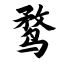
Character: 鹜